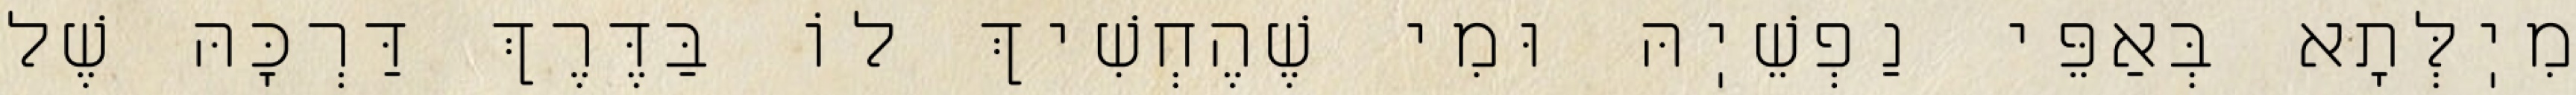
מִיֽלְּתָא בְּאַפֵּי נַפְשֵׁיֽהּ וּמִי שֶׁהֶחְשִׁיךְ לוֹ בַּדֶּרֶךְ דַּרְכָּהּ שֶׁל